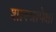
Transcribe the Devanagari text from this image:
शास्त्रापेक्षा